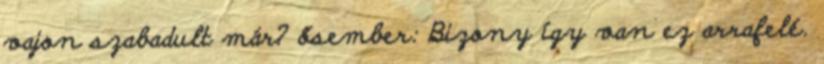
vajon szabadult már? ősember: Bizony így van ez arrafelé.